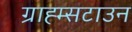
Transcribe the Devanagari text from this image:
ग्राह्म्सटाउन